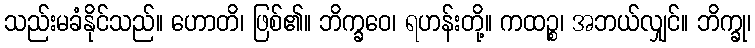
သည်းမခံနိုင်သည်။ ဟောတိ၊ ဖြစ်၏။ ဘိက္ခဝေ၊ ရဟန်းတို့။ ကထဉ္စ၊ အဘယ်လျှင်။ ဘိက္ခု၊